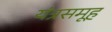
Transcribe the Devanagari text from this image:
यंत्रसमूह